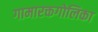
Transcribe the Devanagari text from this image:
गामारक्तगोलिका